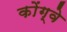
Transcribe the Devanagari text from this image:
कोंग्वे